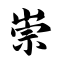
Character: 崇